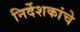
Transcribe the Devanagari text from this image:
निर्देशकांचे